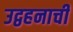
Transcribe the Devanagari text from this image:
उद्वहनाची